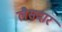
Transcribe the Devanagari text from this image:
लैसदार